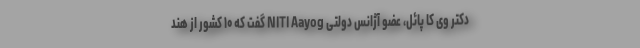
دکتر وی کا پائل، عضو آژانس دولتی NITI Aayog گفت که ۱۰ کشور از هند